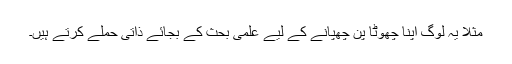
مثلاَ یہ لوگ اپنا چھوٹا پن چھپانے کے لیے علمی بحث کے بجائے ذاتی حملے کرتے ہیں۔